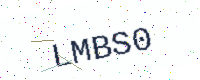
Text: LMBS0